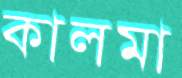
কালমা